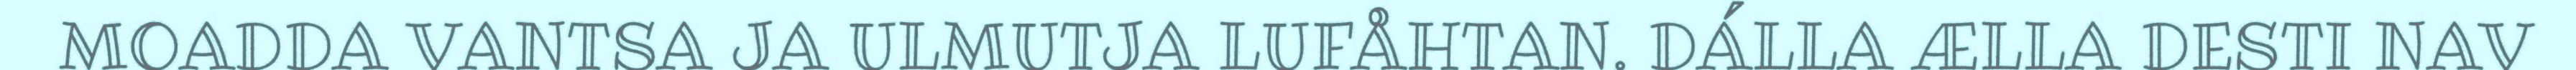
MOADDA VANTSA JA ULMUTJA LUFÅHTAN. DÁLLA ÆLLA DESTI NAV